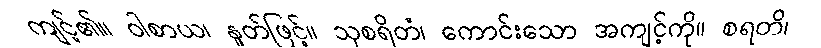
ကျင့်၏။ ဝါစာယ၊ နှုတ်ဖြင့်။ သုစရိတံ၊ ကောင်းသော အကျင့်ကို။ စရတိ၊